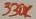
Text: 330K